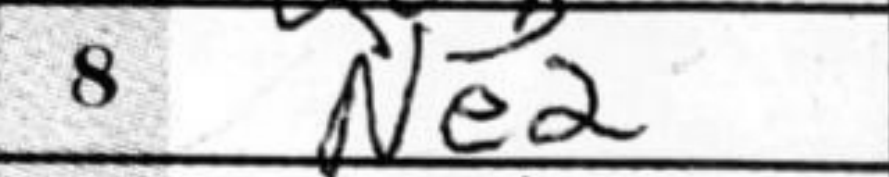
Transcription: Ne2